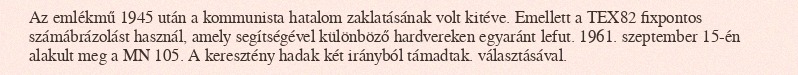
Az emlékmű 1945 után a kommunista hatalom zaklatásának volt kitéve. Emellett a TEX82 fixpontos számábrázolást használ, amely segítségével különböző hardvereken egyaránt lefut. 1961. szeptember 15-én alakult meg a MN 105. A keresztény hadak két irányból támadtak. választásával.